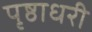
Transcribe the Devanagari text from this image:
पृष्ठाधरी